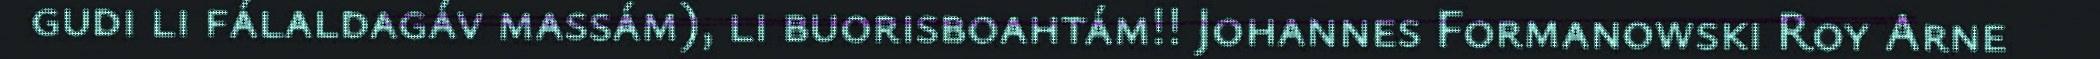
gudi li fálaldagáv massám), li buorisboahtám!! Johannes Formanowski Roy Arne